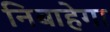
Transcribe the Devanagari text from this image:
निबाहेगा